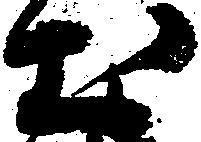
土